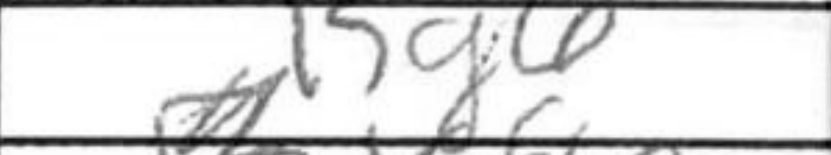
Transcription: Kg6